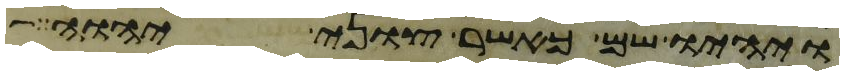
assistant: ויהיו שם כאשר צוני יהוה